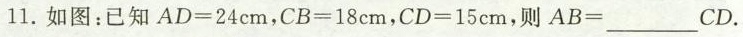
11.如图：已知 $$A D = 2 4 c m$$ ， $$C B = 1 8 c m$$ ， $$C D = 1 5 c m$$ ，则 $$A B = ___ C D$$ .